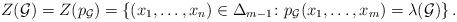
LaTeX: \begin{align*}Z(\mathcal{G}) = Z(p_{\mathcal{G}})= \left\{(x_1,\ldots,x_n)\in \Delta_{m-1}\colon p_{\mathcal{G}}(x_1,\ldots,x_m) = \lambda(\mathcal{G})\right\}. \end{align*}